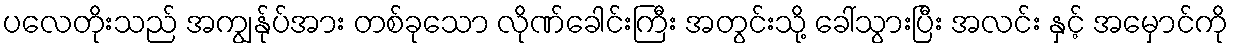
ပလေတိုးသည် အကျွန်ုပ်အား တစ်ခုသော လိုဏ်ခေါင်းကြီး အတွင်းသို့ ခေါ်သွားပြီး အလင်း နှင့် အမှောင်ကို